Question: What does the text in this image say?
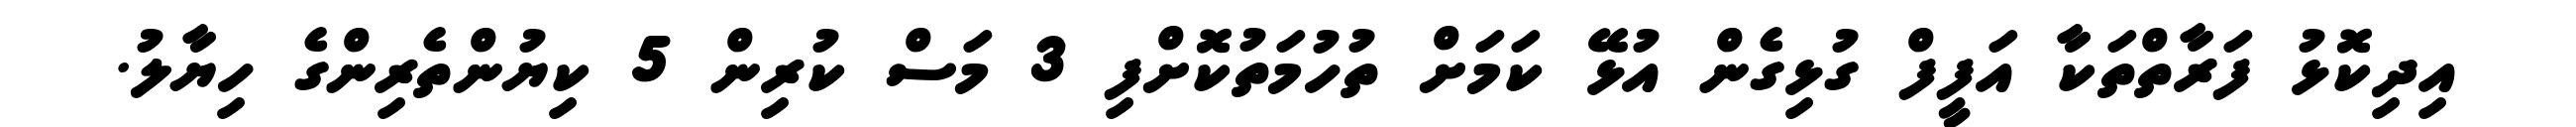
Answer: އިދިކޮޅު ފަރާތްތަކާ އަފީފް ގުޅިގެން އުޅޭ ކަމަށް ތުހުމަތުކޮށްފި 3 މަސް ކުރިން 5 ކިޔުންތެރިންގެ ހިޔާލު.